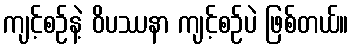
ကျင့်စဉ်နဲ့ ဝိပဿနာ ကျင့်စဉ်ပဲ ဖြစ်တယ်။